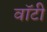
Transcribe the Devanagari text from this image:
वाॅटी